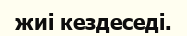
жиі кездеседі.